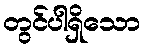
တွင်ပါရှိသော